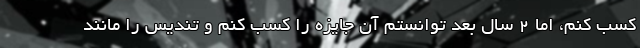
کسب کنم، اما ۲ سال بعد توانستم آن جایزه را کسب کنم و تندیس را مانند